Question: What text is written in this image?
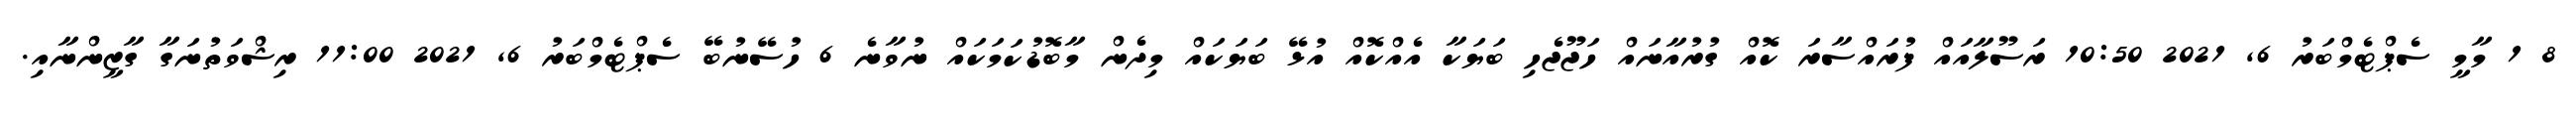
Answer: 8 1 މާމީ ސެޕްޓެމްބަރު 6, 2021 10:50 ރަސޫލާއައް ފުރައްސާރަ ކޮއް ގުރުއާނައް ހަޖޫޖެހި ބަޔަކާ އެއްކޮއް އުޅޭ ބަޔަކައް މިދެން މާބޮޑުކަމަކައް ނުވާނެ 6 ހުސޭނުބޭ ސެޕްޓެމްބަރު 6, 2021 11:00 ރިޝްވަތުނަގާ ގާޒީންނާއި.